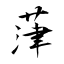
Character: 葏